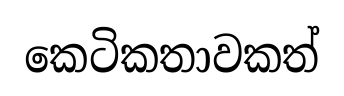
කෙටිකතාවකත්